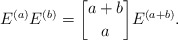
\begin{align*}E^{(a)}E^{(b)} = {a+b \brack a}E^{(a+b)}.\end{align*}